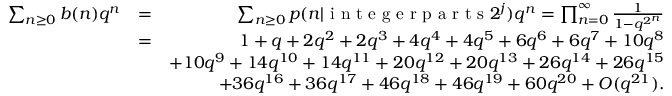
\begin{array} { r l r } { \sum _ { n \geq 0 } b ( n ) q ^ { n } } & { = } & { \sum _ { n \geq 0 } p ( n | \textmd { i n t e g e r p a r t s } 2 ^ { j } ) q ^ { n } = \prod _ { n = 0 } ^ { \infty } \frac { 1 } { 1 - q ^ { 2 ^ { n } } } } \\ & { = } & { 1 + q + 2 q ^ { 2 } + 2 q ^ { 3 } + 4 q ^ { 4 } + 4 q ^ { 5 } + 6 q ^ { 6 } + 6 q ^ { 7 } + 1 0 q ^ { 8 } } \\ & { } & { + 1 0 q ^ { 9 } + 1 4 q ^ { 1 0 } + 1 4 q ^ { 1 1 } + 2 0 q ^ { 1 2 } + 2 0 q ^ { 1 3 } + 2 6 q ^ { 1 4 } + 2 6 q ^ { 1 5 } } \\ & { } & { + 3 6 q ^ { 1 6 } + 3 6 q ^ { 1 7 } + 4 6 q ^ { 1 8 } + 4 6 q ^ { 1 9 } + 6 0 q ^ { 2 0 } + O ( q ^ { 2 1 } ) . } \end{array}